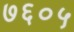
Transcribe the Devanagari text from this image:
७६०५